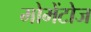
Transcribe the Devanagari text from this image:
मोमेंटोज